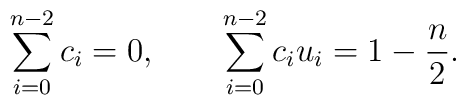
\sum_{i=0}^{n-2}c_i=0,\qquad \sum_{i=0}^{n-2}c_iu_i=1-{n\over 2}.